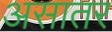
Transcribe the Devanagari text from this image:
असातर